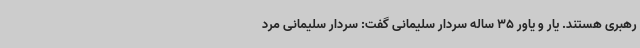
رهبری هستند. یار و یاور 35 ساله سردار سلیمانی گفت: سردار سلیمانی مرد